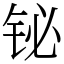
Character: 铋